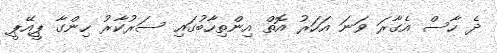
ދެ ހާސް އެގާރަ ވަނަ އަހަރު އޮތް އިންތިހާބުގައި ސަރުކާރު ހިންގާ ޕީއޭޕީ